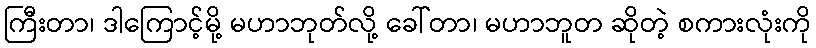
ကြီးတာ၊ ဒါကြောင့်မို့ မဟာဘုတ်လို့ ခေါ်တာ၊ မဟာဘူတ ဆိုတဲ့ စကားလုံးကို